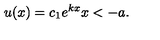
u ( x ) = c _ { 1 } e ^ { k x } x < - a .